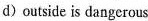
d) outside is dangerous